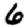
Digit: 6